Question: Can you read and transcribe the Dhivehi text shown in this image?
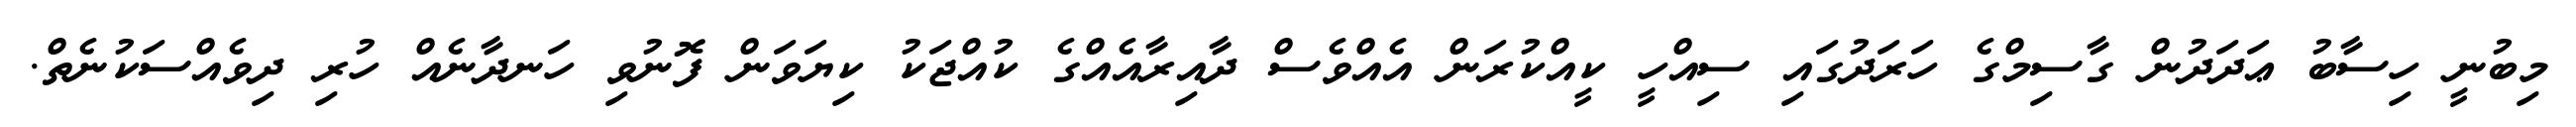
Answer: މިބުނީ ހިސާބު ޢަދަދުން ގާސިމްގެ ހަރަދުގައި ސިއްހީ ކީއްކުރަން އެއްވެސް ދާއިރާއެއްގެ ކުއްޖަކު ކިޔަވަން ފޮނުވި ހަނދާނެއް ހުރި ދިވެއްސަކުނެތް.